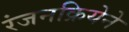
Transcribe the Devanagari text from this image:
रंजनक्रियेने